Annual report of the Civil Veterinary Department, Bengal, for the year 1897-98 - 1897-1898
Year: 1897
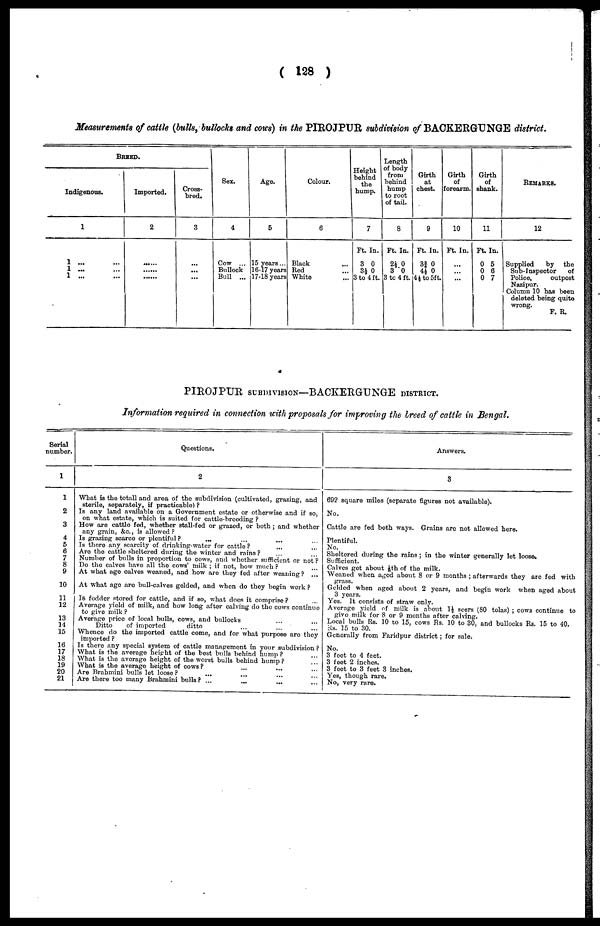
(128)
Measurements of cattle (bulls, bullocks and cows) in the PIROJPUR subdivision of BACKERGUNGE district.
BREED.
Indigenous.
1
1 ... ...
1 ... ...
1 ... ...
Imported.
2
......
......
......
Cross-
bred.
3
...
...
...
Sex.
4
Cow ...
Bullock
Bull ...
Age.
5
15 years ...
16-17 years
17-18 years
Colour.
6
Black
Red
White ...
Height
behind
the
hump.
7
Ft. In.
3 0
3½ 0
3 to 4 ft.
Length
of body
from
behind
hump
to root
of tail.
8
Ft. In.
2½ 0
3 0
3 tc 4 ft.
Girth
at
chest.
9
Ft. In.
33/4 0
4½ 0
4½ to 5ft.
Girth
of
forearm.
10
Ft. In.
...
...
...
Girth
of
shank.
11
Ft. In.
0 5
0 6
0 7
REMARKS.
12
Supplied
by
the
Sub-Inspector
of
Police,
outpost
Column 10 has been
deleted being quite
wrong.
F. R.
PIROJPUR SUBDIVISON—BACKERGUNGE DISTRICT.
Information required in connection with proposals for improving the breed of cattle in Bengal.
Serial
number.
1
1
2
3
4
5
6
7
8
9
10
11
12
13
14
15
16
17
18
19
20
21
Questions.
2
What is the totall and area of the subdivision (cultivated, grazing, and
sterile, separately, if practicable)?
Is any land available on a Government estate or otherwise and if so,
on what estate, which is suited for cattle-breeding?
How are cattle fed, whether stall-fed or grazed, or both; and whether
any grain, &c., is allowed?
Is grazing scarce or plentiful? ... ... ... ...
Is there any scarcity of drinking-water for cattle? ... ...
Are the cattle sheltered during the winter and rains? ... ...
Number of bulls in proportion to cows, and whether sufficient or not?
Do the calves have all the cows' milk; if not, how much? ...
At what age calves weaned, and how are they fed after weaning? ...
At what age are bull-calves gelded, and when do they begin work?
Is fodder stored for cattle, and if so, what does it comprise? ...
Average yield of milk, and how long after calving do the cows continue
to give milk?
Average price of local bulls, cows, and bullocks ... ...
Ditto
of imported
ditto ... ... ...
Whence do the imported cattle come, and for what purpose are they
imported?
Is there any special system of cattle management in your subdivision?
What is the average height of the best bulls behind hump? ...
What is the average height of the worst bulls behind hump? ...
What is the average height of cows? ... ... ...
Are Brahmini bulls let loose? ... ... ... ...
Are there too many Brahmini bulls? ...
...
... ...
Answers.
3
692 square miles (separate figures not available).
No.
Cattle are fed both ways. Grains are not allowed here.
Plentiful.
No.
Sheltered during the rains; in the winter generally let loose
Sufficient.
Calves get about 1/8th of the milk.
Weaned when aged about 8 or 9 months; afterwards they are fed with
grass.
Gelded when aged about 2 years, and begin work when aged about
3 years.
3 years.
Yes. It consists of straw only.
Average yield of milk is about 1½ seers (80 tolas); cows continue to
give milk for 8 or 9 months after calving.
Local bulls Rs. 10 to 15, cows Rs. 10 to 30, and bullocks Rs. 15 to 40.
Rs. 15 to 30.
Generally from Faridpur district; for sale.
No.
3 feet to 4 feet.
3 feet 2 inches.
3 feet to 3 feet 3 inches.
Yes, though rare.
No, very rare.